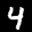
Label: 4